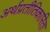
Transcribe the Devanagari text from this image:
अर्थप्रतीतिकारिता